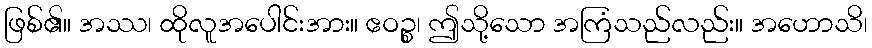
ဖြစ်၏။ အဿ၊ ထိုလူအပေါင်းအား။ ဧဝဉ္စ၊ ဤသို့သော အကြံသည်လည်း။ အဟောသိ၊